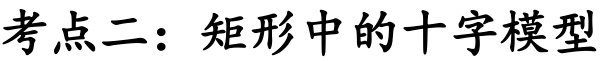
考点二：矩形中的十字模型